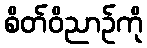
စိတ်ဝိညာဉ်ကို